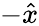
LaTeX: -\hat{x}